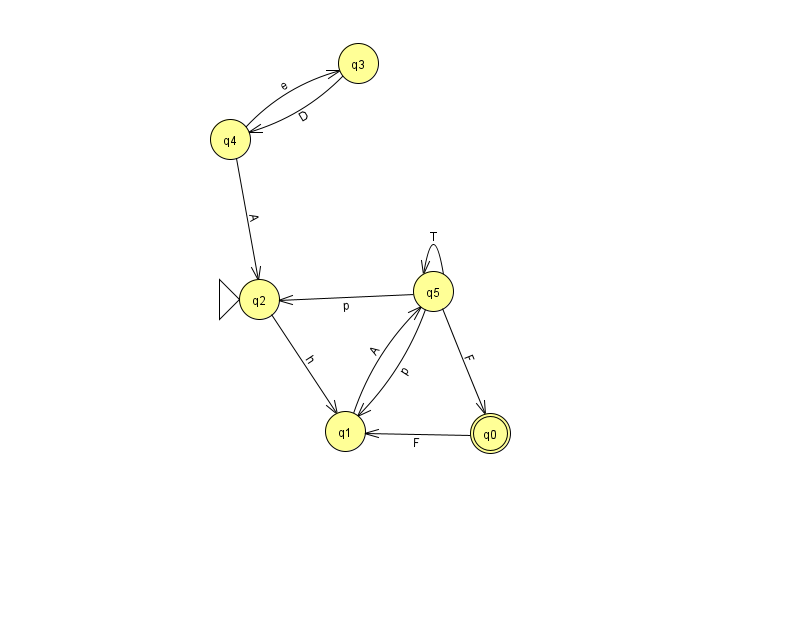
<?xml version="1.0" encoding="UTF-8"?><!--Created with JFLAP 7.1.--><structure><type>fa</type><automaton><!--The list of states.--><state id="0" name="q0"><x>490.0</x><y>420.0</y><final/></state><state id="1" name="q1"><x>345.0</x><y>418.0</y></state><state id="2" name="q2"><x>259.0</x><y>286.0</y><initial/></state><state id="3" name="q3"><x>358.0</x><y>50.0</y></state><state id="4" name="q4"><x>230.0</x><y>126.0</y></state><state id="5" name="q5"><x>433.0</x><y>278.0</y></state><!--The list of transitions.--><transition><from>5</from><to>2</to><read>p</read></transition><transition><from>5</from><to>1</to><read>p</read></transition><transition><from>5</from><to>5</to><read>T</read></transition><transition><from>1</from><to>5</to><read>A</read></transition><transition><from>4</from><to>2</to><read>A</read></transition><transition><from>4</from><to>3</to><read>e</read></transition><transition><from>3</from><to>4</to><read>D</read></transition><transition><from>5</from><to>0</to><read>F</read></transition><transition><from>0</from><to>1</to><read>F</read></transition><transition><from>2</from><to>1</to><read>h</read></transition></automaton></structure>